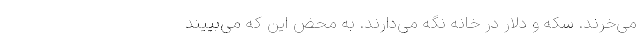
می‌خرند. سکه و دلار در خانه نگه می‌دارند. به محض این که می‌بییند